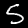
Digit: 5